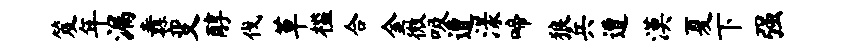
笈年漏纛变醇伐草槛合金微吸遭漾啼狼兵遭漠夏下强